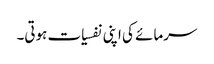
سرمائے کی اپنی نفسیات ہوتی۔